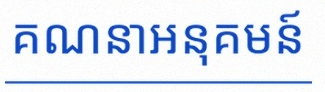
គណនាអនុគមន៍